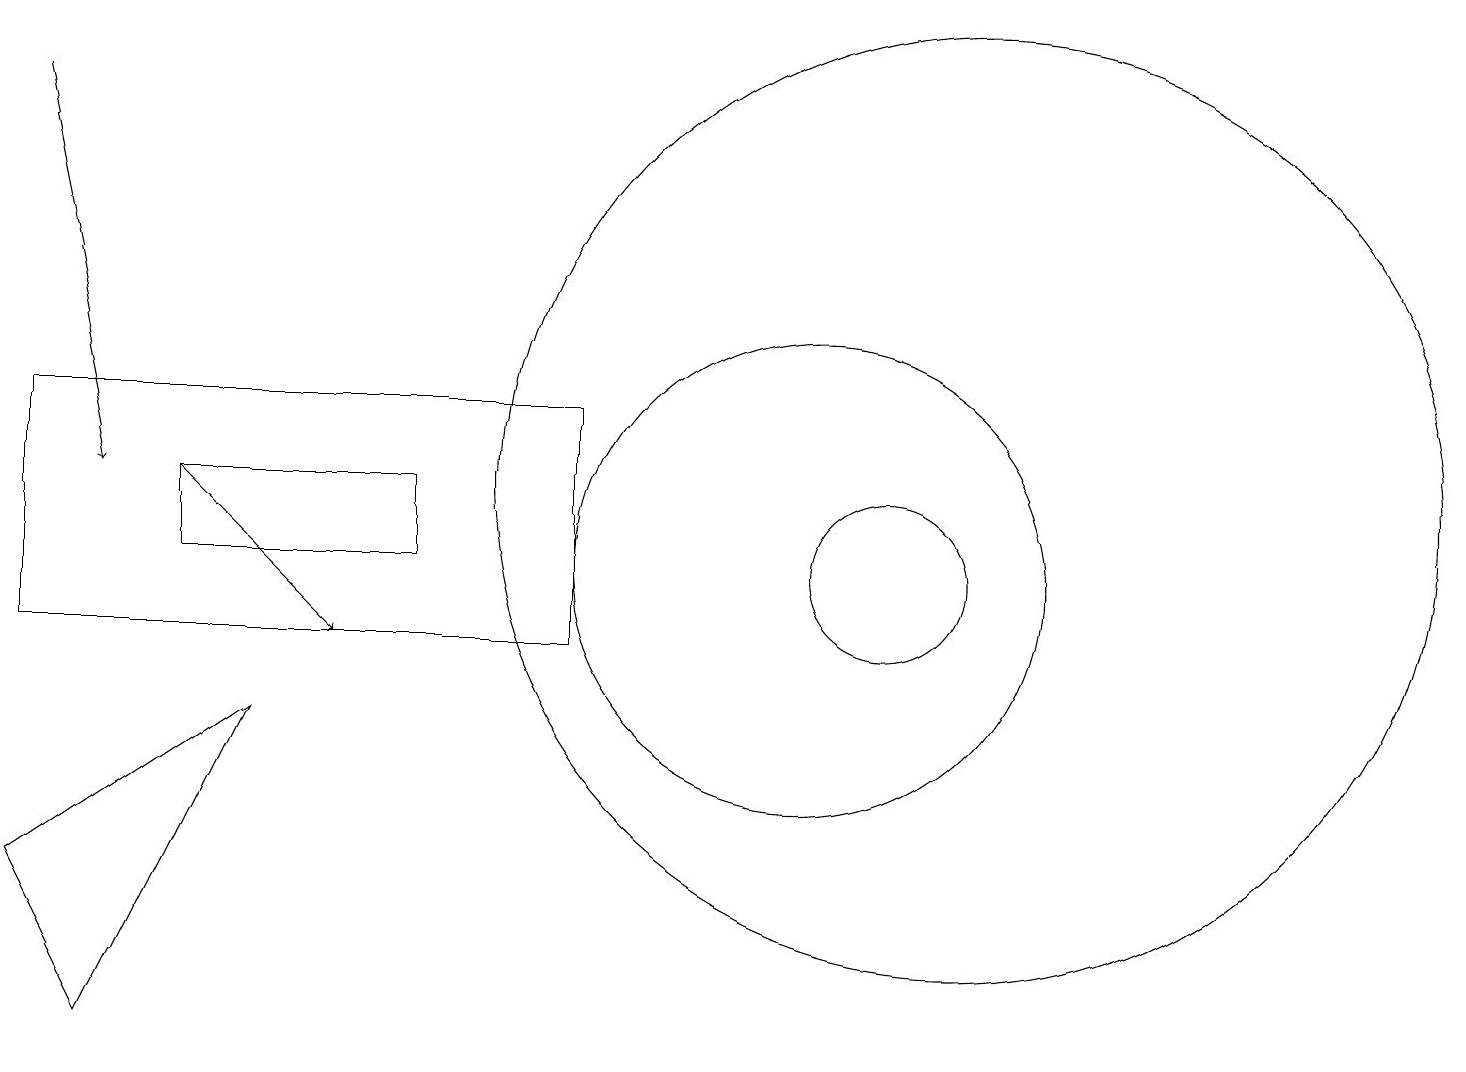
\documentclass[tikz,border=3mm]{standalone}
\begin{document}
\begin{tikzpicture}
\draw[->] (0,17) -- (1,12);
\draw (7,13) rectangle (0,10);
\draw (1,5) -- (0,7) -- (3,9) -- cycle;
\draw (5,11) rectangle (2,12);
\draw (11,11) circle (1);
\draw (12,12) circle (6);
\draw (10,11) circle (3);
\draw[->] (2,12) -- (4,10);
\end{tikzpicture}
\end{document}